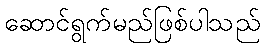
ဆောင်ရွက်မည်ဖြစ်ပါသည်